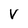
Character: V